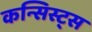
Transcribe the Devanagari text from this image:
कन्सिस्ट्स